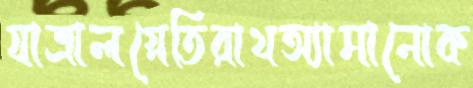
যাত্রালগ্নেতিরাথঅ্যামানোক